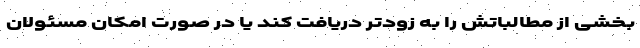
بخشی از مطالباتش را به زودتر دریافت کند یا در صورت امکان مسئولان